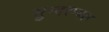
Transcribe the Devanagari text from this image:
सुन्दरम्बल